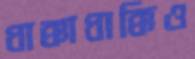
ধাক্কাধাক্কিও